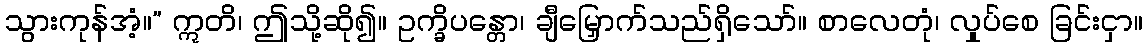
သွားကုန်အံ့။” ဣတိ၊ ဤသို့ဆို၍။ ဥက္ခိပန္တော၊ ချီမြှောက်သည်ရှိသော်။ စာလေတုံ၊ လှုပ်စေ ခြင်းငှာ။